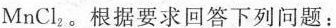
MnCl_2。根据要求回答下列问题：